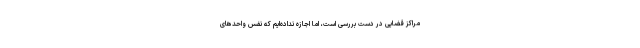
مراکز قضایی در دست بررسی است، اما اجازه نداده‌ایم که نفس واحدهای